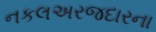
નકલઅરજદારના